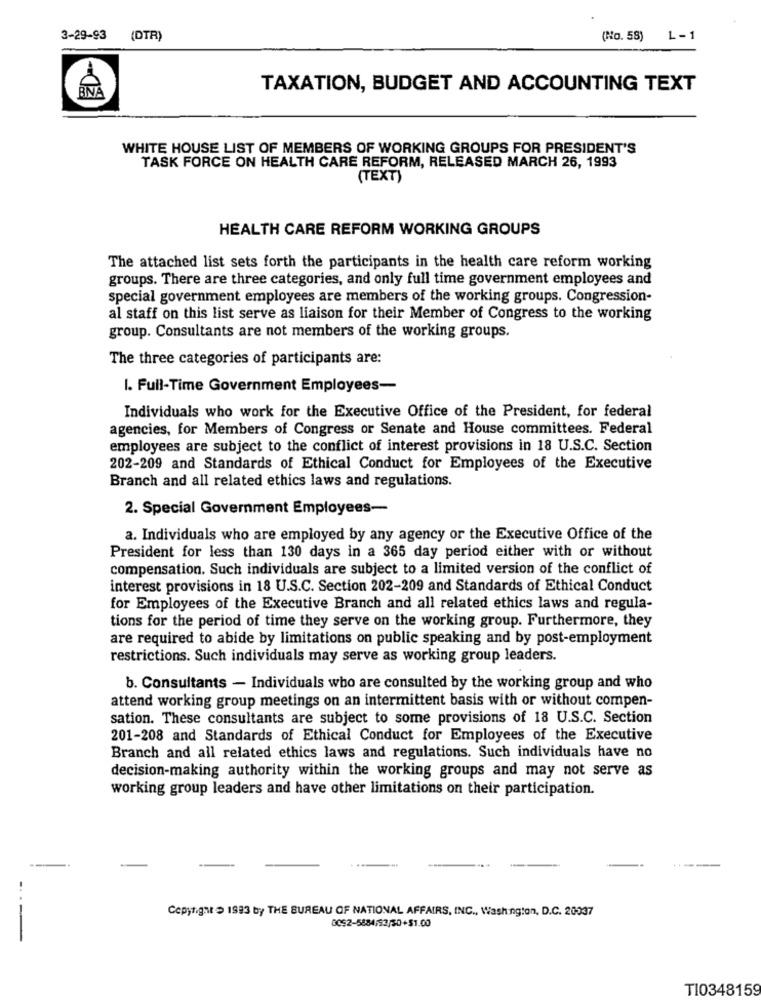
3-29-93
(DTR)
(No. 58)
L-1
TAXATION, BUDGET AND ACCOUNTING TEXT
WHITE HOUSE LIST OF MEMBERS OF WORKING GROUPS FOR PRESIDENT'S
TASK FORCE ON HEALTH CARE REFORM, RELEASED MARCH 26, 1993
(TEXT)
HEALTH CARE REFORM WORKING GROUPS
The attached list sets forth the participants in the health care reform working
groups. There are three categories, and only full time government employees and
special government employees are members of the working groups. Congression-
al staff on this list serve as liaison for their Member of Congress to the working
group. Consultants are not members of the working groups.
The three categories of participants are:
I. Full-Time Government Employees-
Individuals who work for the Executive Office of the President, for federal
agencies, for Members of Congress or Senate and House committees. Federal
employees are subject to the conflict of interest provisions in 18 U.S.C. Section
202-209 and Standards of Ethical Conduct for Employees of the Executive
Branch and all related ethics laws and regulations.
2. Special Government Employees-
a. Individuals who are employed by any agency or the Executive Office of the
President for less than 130 days in a 365 day period either with or without
compensation. Such individuals are subject to a limited version of the conflict of
interest provisions in 18 U.S.C. Section 202-209 and Standards of Ethical Conduct
for Employees of the Executive Branch and all related ethics laws and regula-
tions for the period of time they serve on the working group. Furthermore, they
are required to abide by limitations on public speaking and by post-employment
restrictions. Such individuals may serve as working group leaders.
b. Consultants - Individuals who are consulted by the working group and who
attend working group meetings on an intermittent basis with or without compen-
sation. These consultants are subject to some provisions of 18 U.S.C. Section
201-208 and Standards of Ethical Conduct for Employees of the Executive
Branch and all related ethics laws and regulations. Such individuals have no
decision-making authority within the working groups and may not serve as
working group leaders and have other limitations on their participation.
Copyright > 1993 by THE BUREAU OF NATIONAL AFFAIRS, INC ., Washington, D.C. 20037
BCS2-5884/52/50+$1.00
T10348159